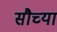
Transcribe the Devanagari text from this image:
सौच्या